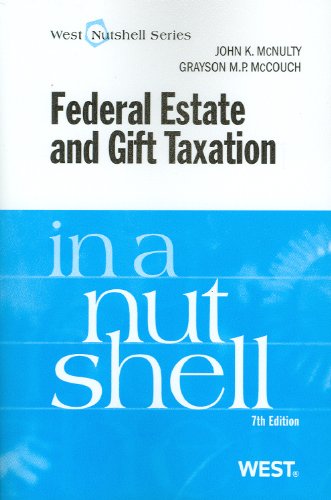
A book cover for Federal Estate and Gift Taxation in a Nutshell; John McNulty; Business & Money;